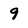
Character: 9